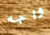
واجه